Annual report on the mental hospital in the Central Provinces and Berar (Nagpur) - 1927-1951
Year: 1927
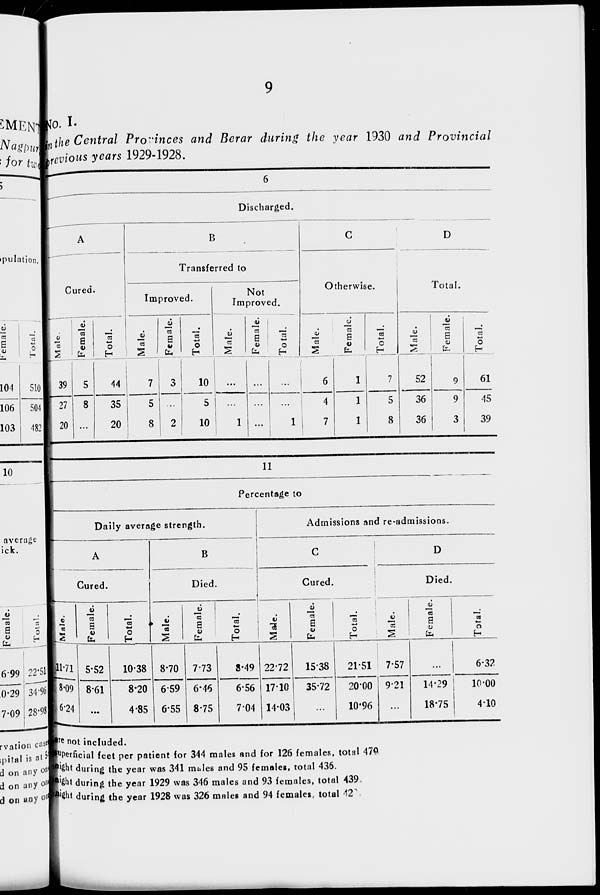
9
No. I.
in the Central Provinces and Berar during the year 1930 and Provincial
previous years 1929-1928.
6
Discharged.
A
Cured.
Male.
39
27
20
Female.
5
8
...
Total.
44
35
20
B
Transferred to
Improved.
Male.
7
5
8
Female.
3
...
2
Total.
10
5
10
Not
Improved.
Male.
...
...
1
Female.
...
...
...
Total.
...
...
1
C
Otherwise.
Male.
6
4
7
Female.
1
1
1
Total.
7
5
8
D
Total.
Male.
52
36
36
Female.
9
9
3
Total.
61
45
39
11
Percentage to
Daily average strength.
A
Cured.
Male.
11.71
8.09
6.24
Female.
5.52
8.61
...
Total.
10.38
8.20
4.85
B
Died.
Male.
8.70
6.59
6.55
Female.
7.73
6.46
8.75
Total.
8.49
6.56
7.04
Admissions and re-admissions.
C
Cured.
Male.
22.72
17.10
14.03
Female.
15.38
35.72
...
Total.
21.51
20.00
10.96
D
Died.
Male.
7.57
9.21
...
Female.
...
14.29
18.75
Total.
6.32
10.00
4.10
are not included.
superficial feet per patient for 344 males and for 126 females, total 478
night during the year was 341 males and 95 females, total 436.
night during the year 1929 was 346 males and 93 females, total 439
night during the year 1928 was 326 males and 94 females, total 42